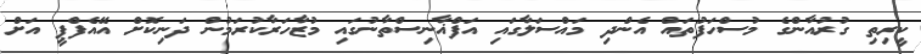
ކީރިތި ގުރުއާންގެ މުސްހަފުތައް އެންދި މައްސަލާގައި އަފްޣާނިސްތާނުގައި މުޒާހަރާކުރަމުން ދަނިކޮށް އޭއެފްޕީ އަށް